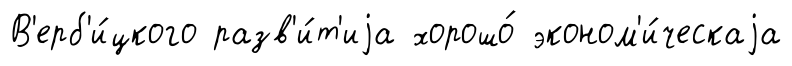
В'ерб'и́цкого разв'и́т'иjа хорошо́ эконом'и́ческаjа